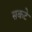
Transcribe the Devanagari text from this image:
सकटे